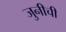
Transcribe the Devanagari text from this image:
जुनीची